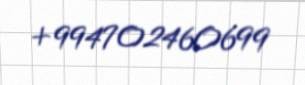
+994702460699